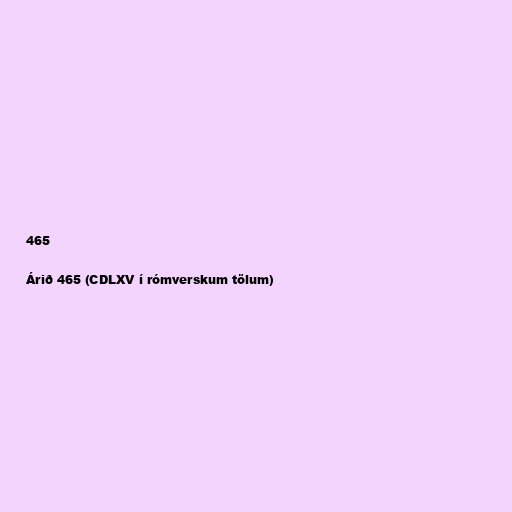
465

Árið 465 (CDLXV í rómverskum tölum)